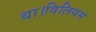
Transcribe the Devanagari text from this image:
था।विलियम